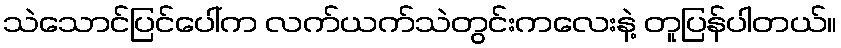
သဲသောင်ပြင်ပေါ်က လက်ယက်သဲတွင်းကလေးနဲ့ တူပြန်ပါတယ်။